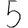
Digit: 5